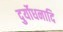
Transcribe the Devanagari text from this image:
दुर्योधनादि